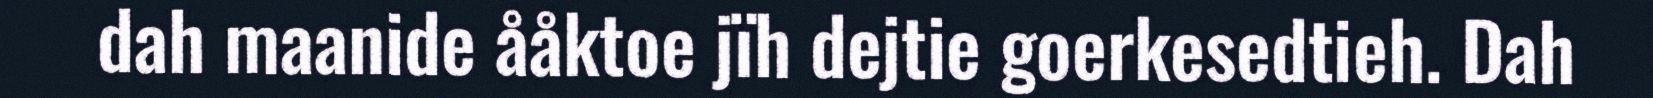
dah maanide ååktoe jïh dejtie goerkesedtieh. Dah